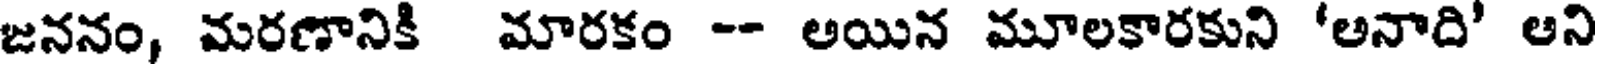
జననం, మరణానికి మారకం -- అయిన మూలకారకుని 'అనాది' ఆని